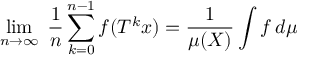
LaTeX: \operatorname* { l i m } _ { n \rightarrow \infty } \; { \frac { 1 } { n } } \sum _ { k = 0 } ^ { n - 1 } f ( T ^ { k } x ) = { \frac { 1 } { \mu ( X ) } } \int f \, d \mu